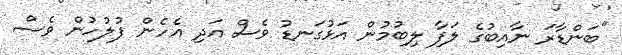
"ބަންޑާރަ ނާއިބުގެ ލަފާ ލިބުމުން އަޅުގަނޑު ވެސް އަދި އެހެން ފުލުހުން ވެސް